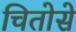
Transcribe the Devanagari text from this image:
चितोसे